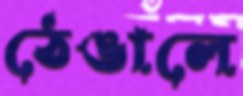
ঠেঙালে